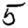
Digit: 5